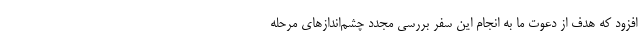
افزود که هدف از دعوت ما به انجام این سفر بررسی مجدد چشم‌اندازهای مرحله